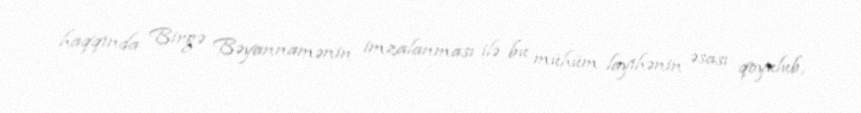
haqqında Birgə Bəyannamənin imzalanması ilə bu mühüm layihənin əsası qoyulub,